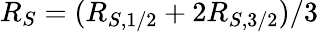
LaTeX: R_{S}=(R_{S,1/2}+2R_{S,3/2})/3